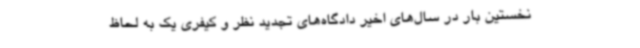
نخستین بار در سال‌های اخیر دادگاه‌های تجدید نظر و کیفری یک به لحاظ